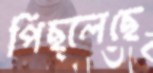
পিছ্‌লেছে